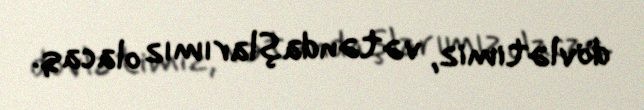
dövlətimiz, vətəndaşlarımız olacaq.